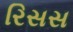
રિસસ